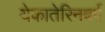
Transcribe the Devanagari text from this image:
येकातेरिनबर्ग